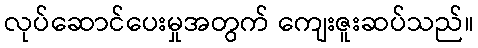
လုပ်ဆောင်ပေးမှုအတွက် ကျေးဇူးဆပ်သည်။